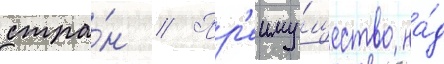
стра́н // Пр'еиму́щество на́д